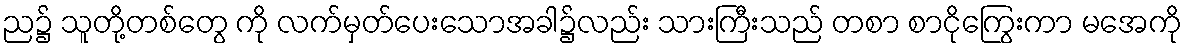
ည၌ သူတို့တစ်တွေ ကို လက်မှတ်ပေးသောအခါ၌လည်း သားကြီးသည် တစာ စာငိုကြွေးကာ မအေကို